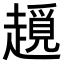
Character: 𧽨